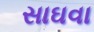
સાઘવા